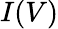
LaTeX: I(V)